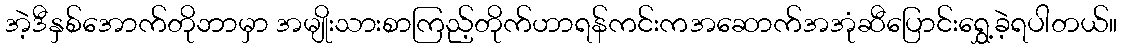
အဲ့ဒီနှစ်အောက်တိုဘာမှာ အမျိုးသားစာကြည့်တိုက်ဟာရန်ကင်းကအဆောက်အအုံဆီပြောင်းရွှေ့ခဲ့ရပါတယ်။